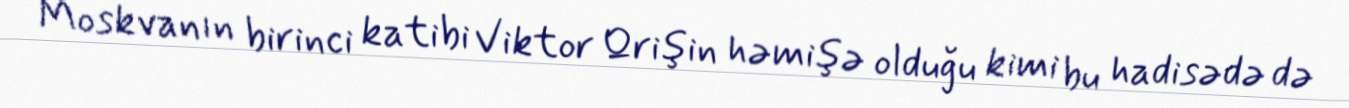
Moskvanın birinci katibi Viktor Qrişin həmişə olduğu kimi bu hadisədə də